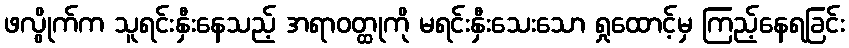
ဖလွိုက်က သူရင်းနှီးနေသည့် အရာဝတ္ထုကို မရင်းနှီးသေးသော ရှုထောင့်မှ ကြည့်နေရခြင်း